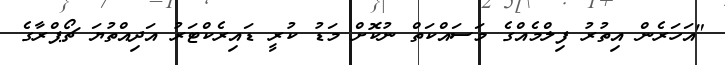
"އަހަރެން އިތުރު ފިލްމެއްގެ މަސައްކަތް ނުކޮށް މަޑު ކުރީ ޑައިރެކްޓަރު އަދިއްތުޔަ ޗޯޕްރާގެ